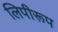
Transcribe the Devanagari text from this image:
लिपीरूप